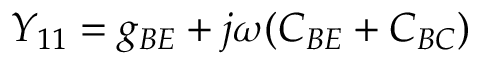
Y _ { 1 1 } = g _ { B E } + j \omega ( C _ { B E } + C _ { B C } )